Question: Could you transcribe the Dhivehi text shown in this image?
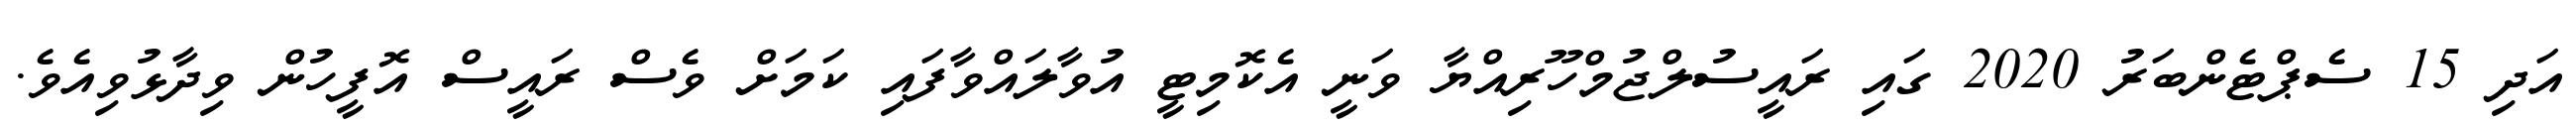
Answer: އަދި 15 ސެޕްޓެންބަރު 2020 ގައި ރައީސުލްޖުމްހޫރިއްޔާ ވަނީ އެކޮމިޓީ އުވާލައްވާފައި ކަމަށް ވެސް ރައީސް އޮފީހުން ވިދާޅުވިއެވެ.